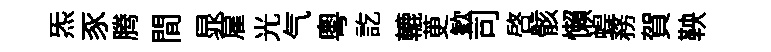
炁豕腾間晁雇光气粤訖轆茰歓司啓骸懶蝗務賀鞅